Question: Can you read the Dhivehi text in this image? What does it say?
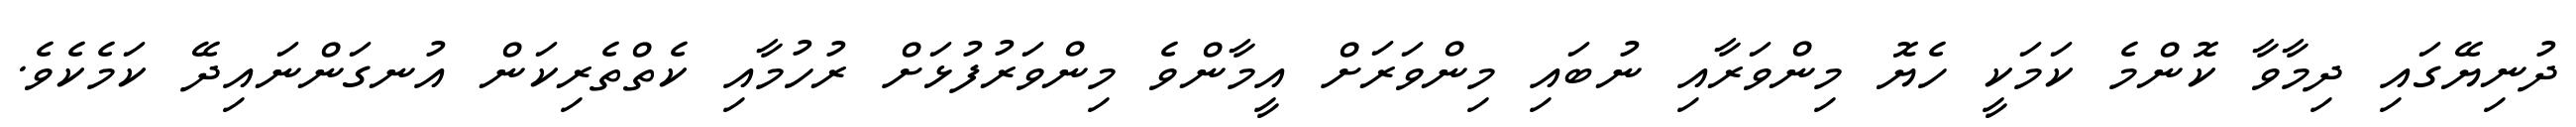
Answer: ދުނިޔޭގައި ދިމާވާ ކޮންމެ ކަމަކީ ހެޔޮ މިންވަރާއި ނުބައި މިންވަރަށް އީމާންވެ މިންވަރުފުޅަށް ރުހުމާއި ކެތްތެރިކަން އުނގަންނައިދޭ ކަމެކެވެ.